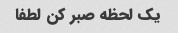
یک لحظه صبر کن لطفا